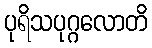
ပုရိသပုဂ္ဂလောတိ